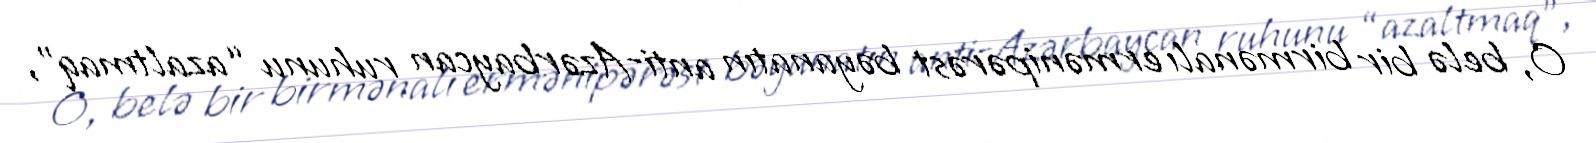
O, belə bir birmənalı ermənipərəst bəyanatın anti-Azərbaycan ruhunu “azaltmaq”,